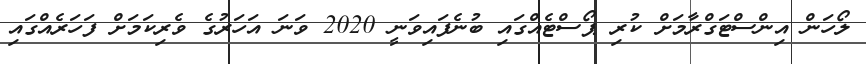
ލޯހަން އިންސްޓަގްރާމަށް ކުރި ޕޯސްޓެއްގައި ބުނެފައިވަނީ 2020 ވަނަ އަހަރުގެ ވެރިކަމަށް ފަހަރެއްގައި